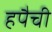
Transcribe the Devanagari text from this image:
हपैची